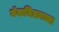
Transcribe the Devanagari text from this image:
मॅकमिलनच्या